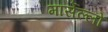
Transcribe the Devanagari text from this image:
मार्सेल्लो